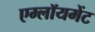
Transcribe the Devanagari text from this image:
एम्लॉयमेंट